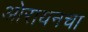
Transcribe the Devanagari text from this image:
ओरायनचा